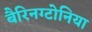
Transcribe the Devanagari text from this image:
बैरिनग्टोनिया